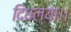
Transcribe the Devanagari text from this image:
दिधल्या।।